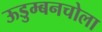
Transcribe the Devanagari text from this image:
ऊडुम्बनचोला